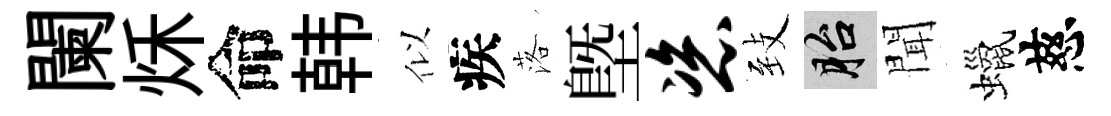
闌秌命韩似疾落塈恣𦤺胎聞蠟慈